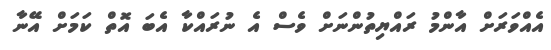
އެއްވަރަށް އާންމު ރައްޔިތުންނަށް ވެސް އެ ނުރައްކާ އެބަ އޮތް ކަމަށް އޭނާ